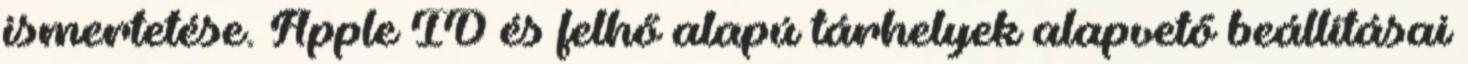
ismertetése. Apple ID és felhő alapú tárhelyek alapvető beállításai